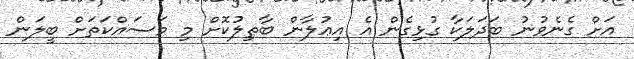
އަށް ގެނެވުނު ބަދަލަކާ ގުޅިގެން އެ އިޢުލާން ބާޠިލުކޮށް މި މަސައްކަތަށް ބީލަން